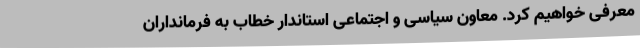
معرفی خواهیم کرد. معاون سیاسی و اجتماعی استاندار خطاب به فرمانداران